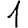
Digit: 1